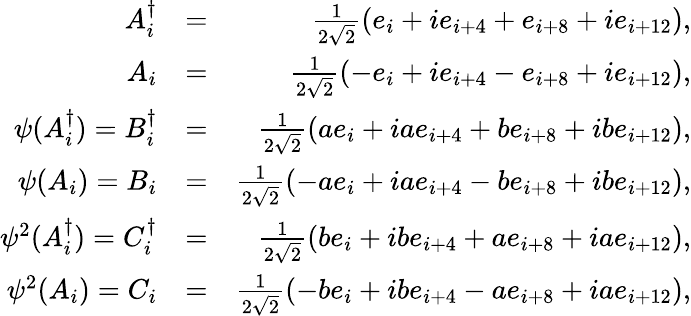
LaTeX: \begin{array}{rlr}{A_{i}^{\dagger}}&{=}&{\frac{1}{2\sqrt{2}}(e_{i}+ie_{i+4}+e_{i+8}+ie_{i+12}),}\\ {A_{i}}&{=}&{\frac{1}{2\sqrt{2}}(-e_{i}+ie_{i+4}-e_{i+8}+ie_{i+12}),}\\ {\psi(A_{i}^{\dagger})=B_{i}^{\dagger}}&{=}&{\frac{1}{2\sqrt{2}}(ae_{i}+iae_{i+4}+be_{i+8}+ibe_{i+12}),}\\ {\psi(A_{i})=B_{i}}&{=}&{\frac{1}{2\sqrt{2}}(-ae_{i}+iae_{i+4}-be_{i+8}+ibe_{i+12}),}\\ {\psi^{2}(A_{i}^{\dagger})=C_{i}^{\dagger}}&{=}&{\frac{1}{2\sqrt{2}}(be_{i}+ibe_{i+4}+ae_{i+8}+iae_{i+12}),}\\ {\psi^{2}(A_{i})=C_{i}}&{=}&{\frac{1}{2\sqrt{2}}(-be_{i}+ibe_{i+4}-ae_{i+8}+iae_{i+12}),}\end{array}